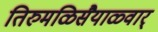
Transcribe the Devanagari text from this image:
तिरुमळिसैयाळ्वार्